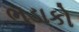
ભડાકો